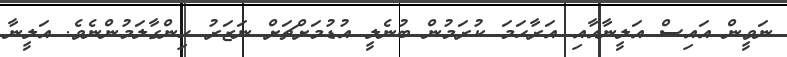
ނަވީން އައިސް އަލީނާއާއި އަރާހަމަ ކުރަމުން ބުނެލީ އުޑުމަށްޗަށް ނަޒަރު ހިންގާލަމުންނެވެ. އަލީނާ